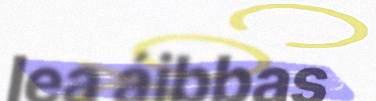
lea áibbas